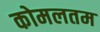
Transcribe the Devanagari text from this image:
कोमलतम